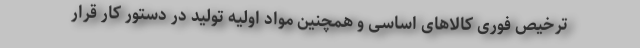
ترخیص فوری کالاهای اساسی و همچنین مواد اولیه تولید در دستور کار قرار